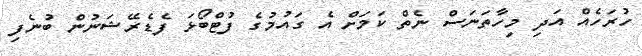
ހުރަހެއް އަދި މިހާތަނަސް ނެތް ކަމަށް އެ ގައުމުގެ ފުޓްބޯޅަ ފެޑެރޭޝަނުން ބުނެފި